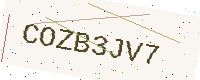
Text: COZB3JV7